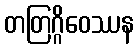
တတြဂ္ဂိဝေဿန